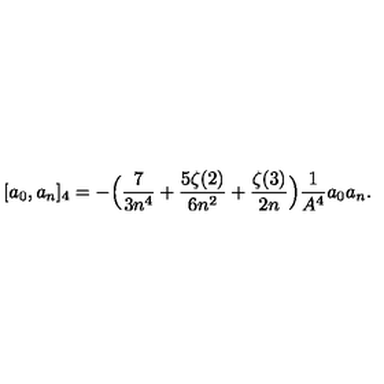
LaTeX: [ a _ { 0 } , a _ { n } ] _ { 4 } = - \Bigl ( { \frac { 7 } { 3 n ^ { 4 } } } + { \frac { 5 \zeta ( 2 ) } { 6 n ^ { 2 } } } + { \frac { \zeta ( 3 ) } { 2 n } } \Bigr ) { \frac { 1 } { A ^ { 4 } } } a _ { 0 } a _ { n } .